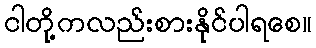
ငါတို့ကလည်းစားနိုင်ပါရစေ။